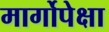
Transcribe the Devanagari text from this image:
मार्गोपेक्षा